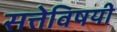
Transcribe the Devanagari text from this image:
सत्तेविषयी